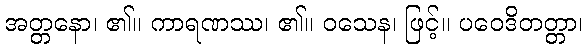
အတ္တနော၊ ၏။ ကာရဏဿ၊ ၏။ ဝသေန၊ ဖြင့်။ ပဝေဒိတတ္တာ၊